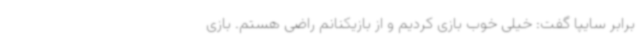
برابر سایپا گفت: خیلی خوب بازی کردیم و از بازیکنانم راضی هستم. بازی